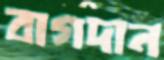
বাগদান